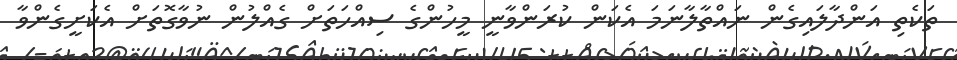
ތަކެތި އަންދާލައިގެން ނައްތާލާނަމަ އެކަން ކުރަންވާނީ މީހުންގެ ސިއްހަތަށް ގެއްލުން ނުވާގޮތަށް އެކަށީގެންވާ